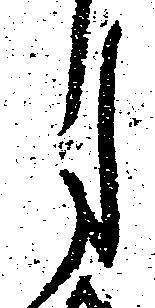
月